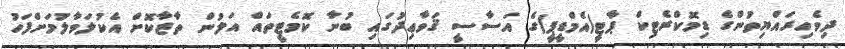
ދިވެހިރައްޔިތުންގެ ޑިމޮކްރެޓިކް ޕާޓީ(އެމްޑީޕީ)ގެ އަސާސީ ޤަވާޢިދުގައި ބުނާ ކޮމެޓީތައް އަލުން ތާޒާކޮށް އެކުލަވާލުމަށްފަހު